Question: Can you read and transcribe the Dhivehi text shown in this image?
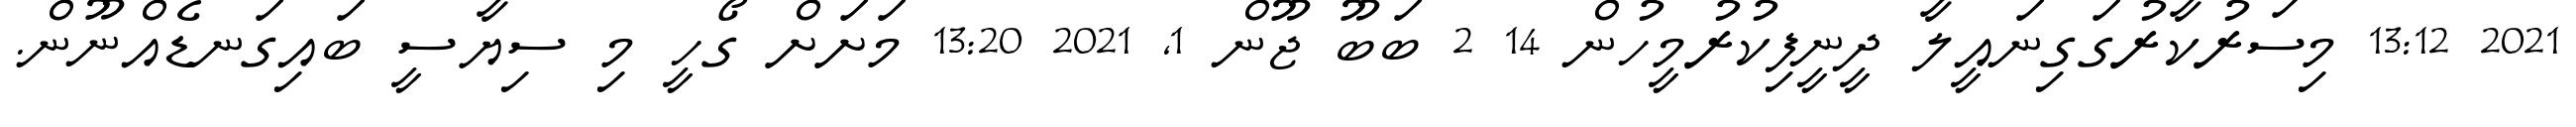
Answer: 2021 13:12 މިސަރުކާރުގަގިނައީލާ ދީނީފިކުރުމީހުން 14 2 ބަބޫ ޖޫން 1, 2021 13:20 މަށަށް ގޯހީ މި ސިޔާސީ ބައިގަނޑެއްނޫން.